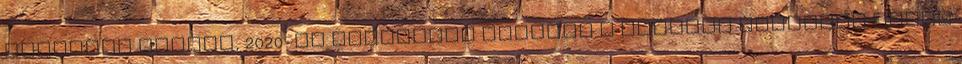
országai között, 2020-ra kötelesek vagyunk a termelt hulladék felét